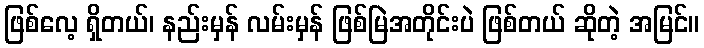
ဖြစ်လေ့ ရှိတယ်၊ နည်းမှန် လမ်းမှန် ဖြစ်မြဲအတိုင်းပဲ ဖြစ်တယ် ဆိုတဲ့ အမြင်။